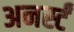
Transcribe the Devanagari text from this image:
अनर्स्टं